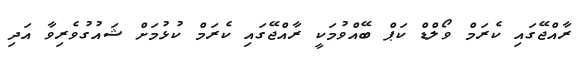
ރާއްޖޭގައި ކެރަމް ވޯލްޑް ކަޕް ބޭއްވުމަކީ ރާއްޖޭގައި ކެރަމް ކުޅުމަށް ޝައުގުވެރިވާ އަދި